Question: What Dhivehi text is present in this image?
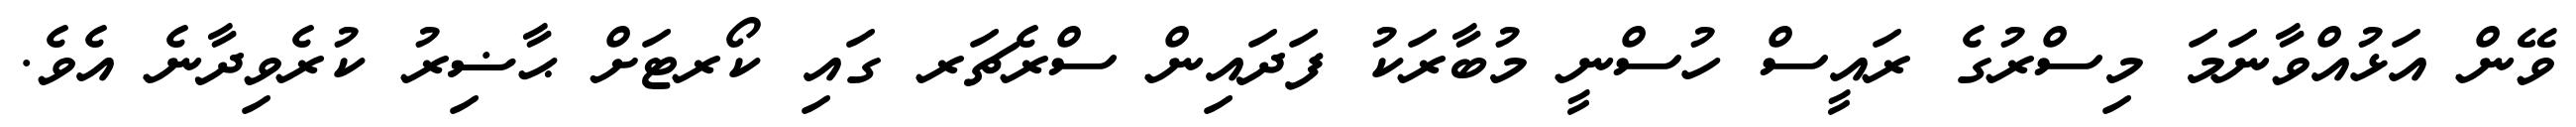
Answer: ވޭން އަޅުއްވާނަމަ މިސްރުގެ ރައީސް ހުސްނީ މުބާރަކު ފަދައިން ސްރެޗަރ ގައި ކޯރޓަށް ޙާޟިރު ކުރެވިދާނެ އެވެ.